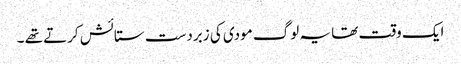
ایک وقت تھا یہ لوگ مودی کی زبردست ستائش کرتے تھے ۔